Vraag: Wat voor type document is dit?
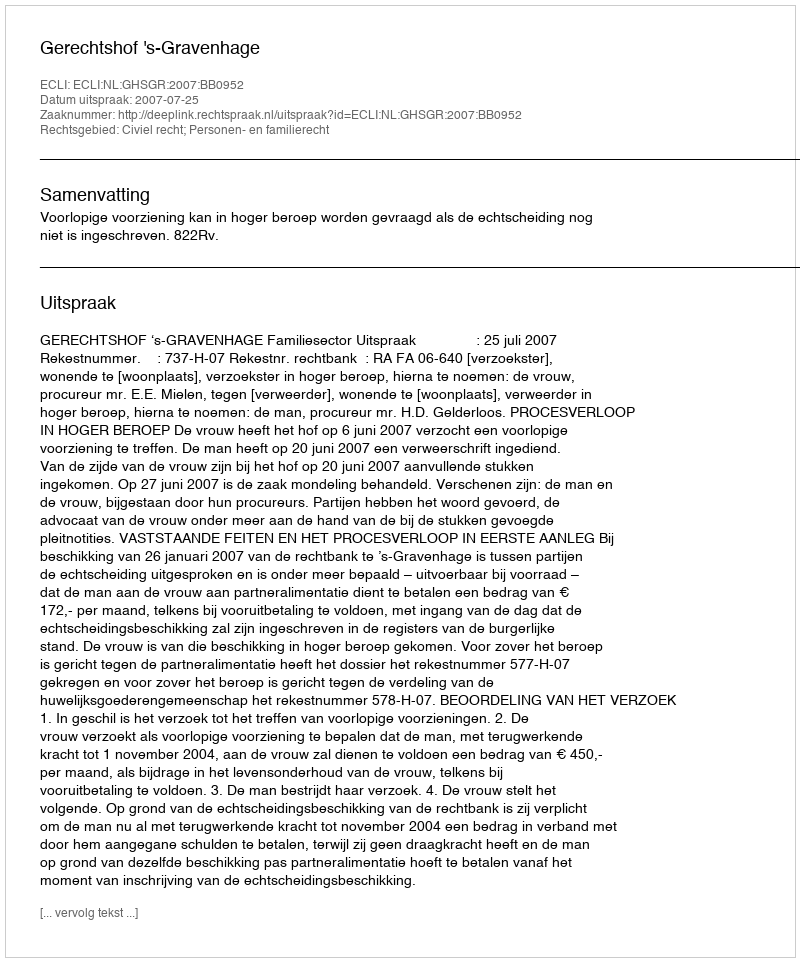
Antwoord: Uitspraak